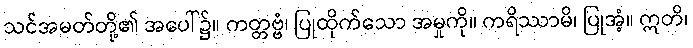
သင်အမတ်တို့၏ အပေါ်၌။ ကတ္တဗ္ဗံ၊ ပြုထိုက်သော အမှုကို။ ကရိဿာမိ၊ ပြုအံ့။ ဣတိ၊